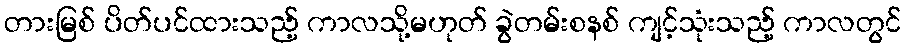
တားမြစ် ပိတ်ပင်ထားသည့် ကာလသို့မဟုတ် ခွဲတမ်းစနစ် ကျင့်သုံးသည့် ကာလတွင်